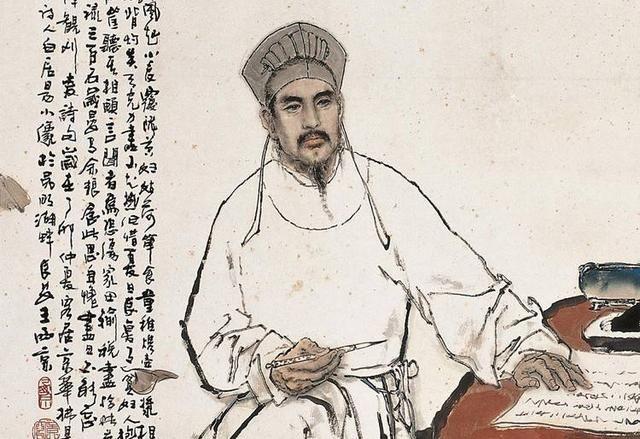
一看肠一断，好去莫回头。